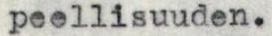
peellisuuden,